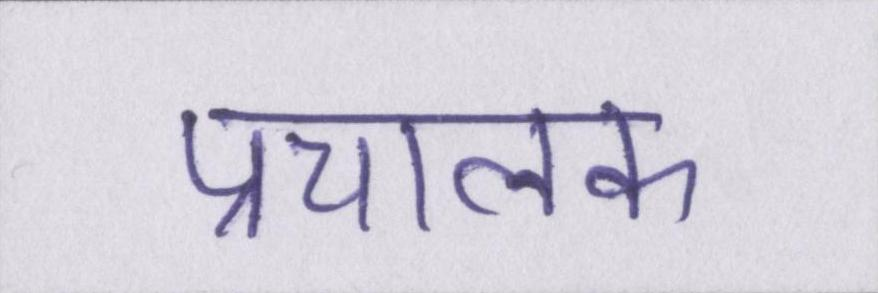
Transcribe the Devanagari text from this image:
प्रचालक